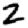
Digit: 2